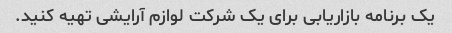
یک برنامه بازاریابی برای یک شرکت لوازم آرایشی تهیه کنید.